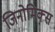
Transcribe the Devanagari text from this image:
जिनोमिक्स